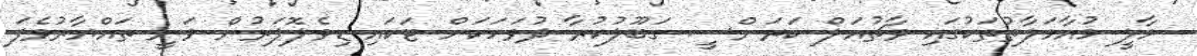
މާލީ މުއާމަލާތުތަކުގައި ވާޗުއަލް ކަރަންސީ ގަބޫލުކުރާ ދުވަހަކަށް ޓަކައި ޑިވެލޮޕަރުން ވަނީ ތައްޔާރުވެފަ